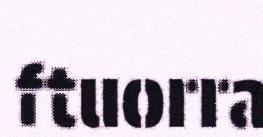
ftuorra